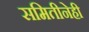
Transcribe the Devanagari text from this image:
समितीनेही